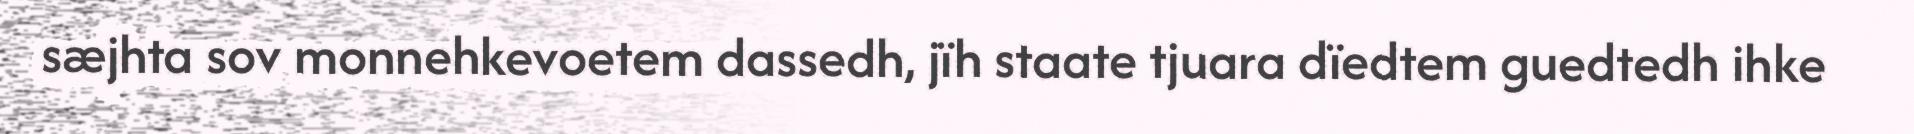
sæjhta sov monnehkevoetem dassedh, jïh staate tjuara dïedtem guedtedh ihke